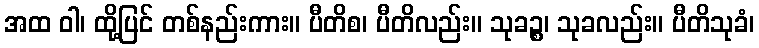
အထ ဝါ၊ ထို့ပြင် တစ်နည်းကား။ ပီတိစ၊ ပီတိလည်း။ သုခဉ္စ၊ သုခလည်း။ ပီတိသုခံ၊